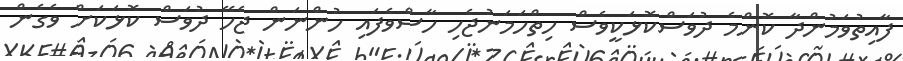
ފާއިތުވަމުންދާ ކޮންމެ ދުވަސްކޮޅަކީވެސް ހިތްހަމަނުޖެހި ހާސްވެފައި ހުންނަން ޖެހޭ ދުވަސް ކޮޅަކަށް ވެގެން